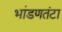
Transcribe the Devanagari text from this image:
भांडणतंटा